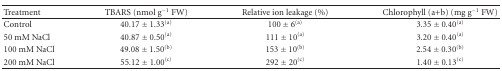
| Treatment | TBARS (nmol g−1 FW) | Relative ion leakage (%) | Chlorophyll (a+b) (mg g−1 FW) |
 | --- | --- | --- | --- |
 | Control | 40.17 ± 1.33(a) | 100 ± 6(a) | 3.35 ± 0.40(a) |
 | 50 mM NaCl | 40.87 ± 0.50(a) | 111 ± 10(a) | 3.20 ± 0.40(a) |
 | 100 mM NaCl | 49.08 ± 1.50(b) | 153 ± 10(b) | 2.54 ± 0.30(b) |
 | 200 mM NaCl | 55.12 ± 1.00(c) | 292 ± 20(c) | 1.40 ± 0.13(c) |